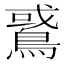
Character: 𪂵